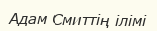
Адам Смиттің ілімі